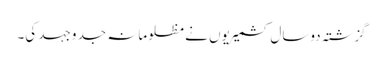
گزشتہ دوسال کشمیریوں نے مظلومانہ جد وجہد کی۔